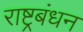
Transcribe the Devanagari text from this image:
राष्ट्रबंधन